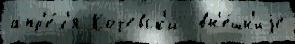
апр'е́л'я Кочевск'и  вн'е́шн'иjе